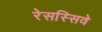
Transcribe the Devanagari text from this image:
रेसस्सिवे